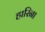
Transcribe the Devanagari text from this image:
हारिना